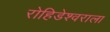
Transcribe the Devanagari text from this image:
रोहिडेश्वराला